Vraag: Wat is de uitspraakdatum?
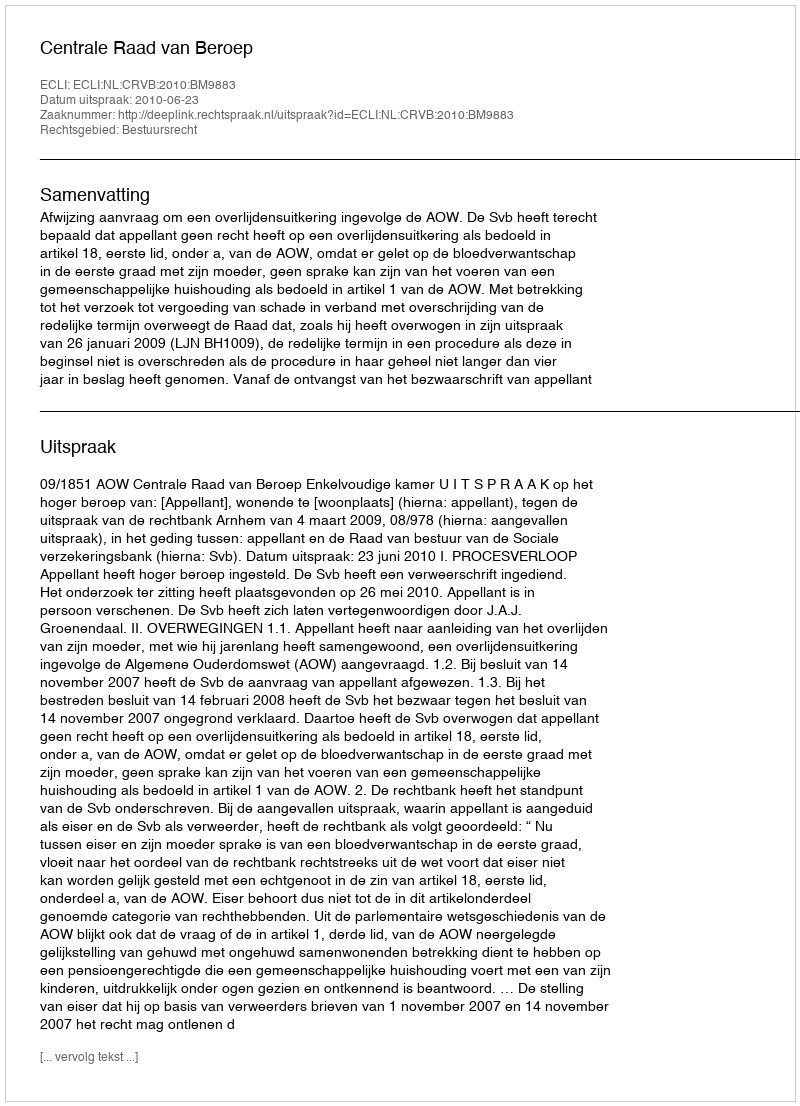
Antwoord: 2010-06-23